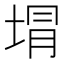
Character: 𭎯